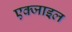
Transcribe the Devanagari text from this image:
एक्जाइल